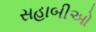
સહાબીઓ